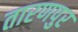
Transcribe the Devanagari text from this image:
तारणपुर